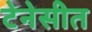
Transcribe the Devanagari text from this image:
टेनेसीत